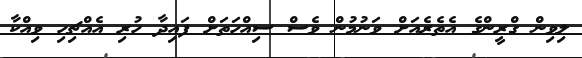
ލިވިން ގްރީންގެ އެތެރެއަށް ވަނުމުން ވެސް ސިއްހަތަށް ފައިދާ ހުރި އެއްޗިހި ވިއްކާ